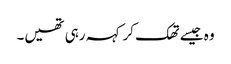
وہ جیسے تھک کر کہہ رہی تھیں۔